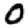
Digit: 0